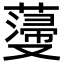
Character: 𮑵